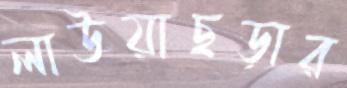
লাউয়াছড়ার